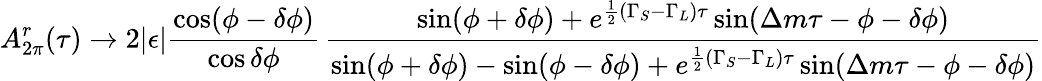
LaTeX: A_{2\pi}^{r}(\tau)\to 2|\epsilon|{\frac{\cos(\phi-\delta\phi)}{\cos\delta\phi}}\, {\frac{\sin(\phi+\delta\phi)+e^{{\frac{1}{2}}(\Gamma_{S}-\Gamma_{L})\tau}\sin(\Delta m\tau-\phi-\delta\phi)}{\sin(\phi+\delta\phi)-\sin(\phi-\delta\phi)+e^{{\frac{1}{2}}(\Gamma_{S}-\Gamma_{L})\tau}\sin(\Delta m\tau-\phi-\delta\phi)}}